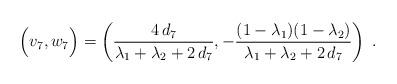
LaTeX: \begin{align*} \Big(v_7, w_7\Big) = \left( \dfrac{4 \, d_7}{\lambda_1+\lambda_2+2 \, d_7}, -\dfrac{(1-\lambda_1)(1-\lambda_2)}{\lambda_1+\lambda_2+2 \, d_7} \right) \;.\end{align*}